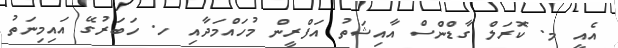
އެއީ މ. ކޮރަލް ގާޑްންސް އާއިޝަތު އަފްރީން މުހައްމަދާއި ހ. ހަބަރުގޭ އައިމިނަތު